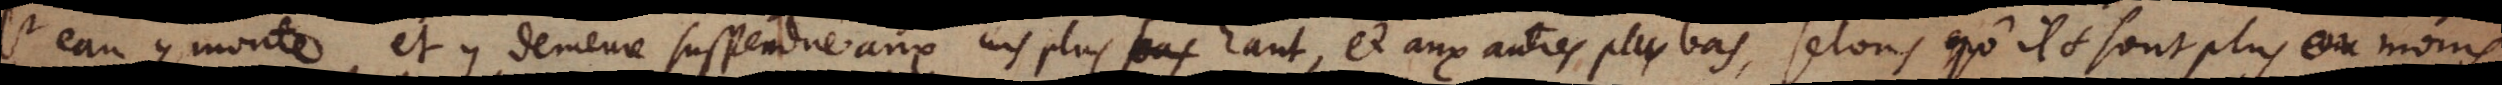
l’eau y monte et y demeure suspendüe aux uns plus haut, et aux autres plus bas, selon, qu’ils sont plus ou moins